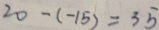
2 0 - ( - 1 5 ) = 3 5